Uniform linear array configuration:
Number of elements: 48
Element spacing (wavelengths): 0.5
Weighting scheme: uniform
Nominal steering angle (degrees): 15
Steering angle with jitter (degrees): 13.933
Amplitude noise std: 0.05
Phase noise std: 0.05

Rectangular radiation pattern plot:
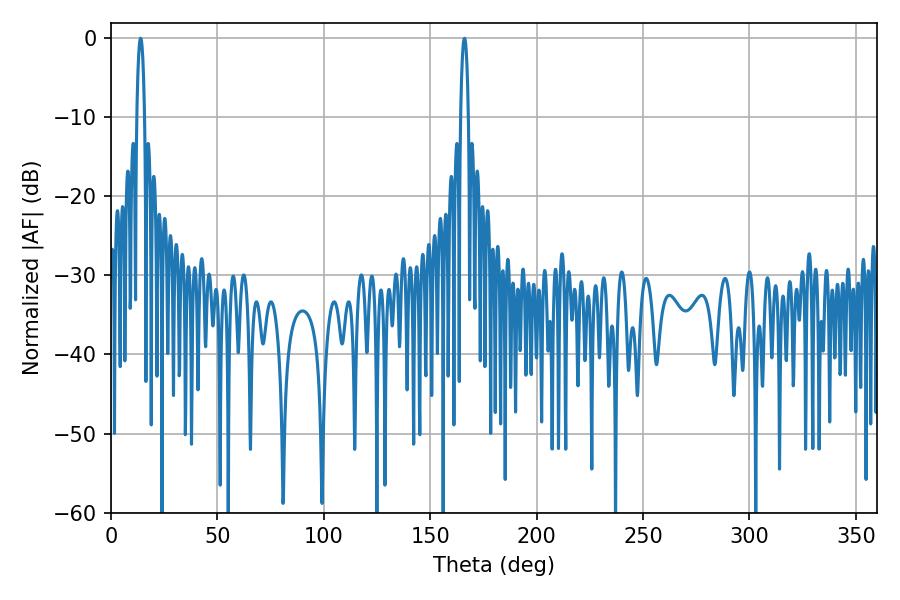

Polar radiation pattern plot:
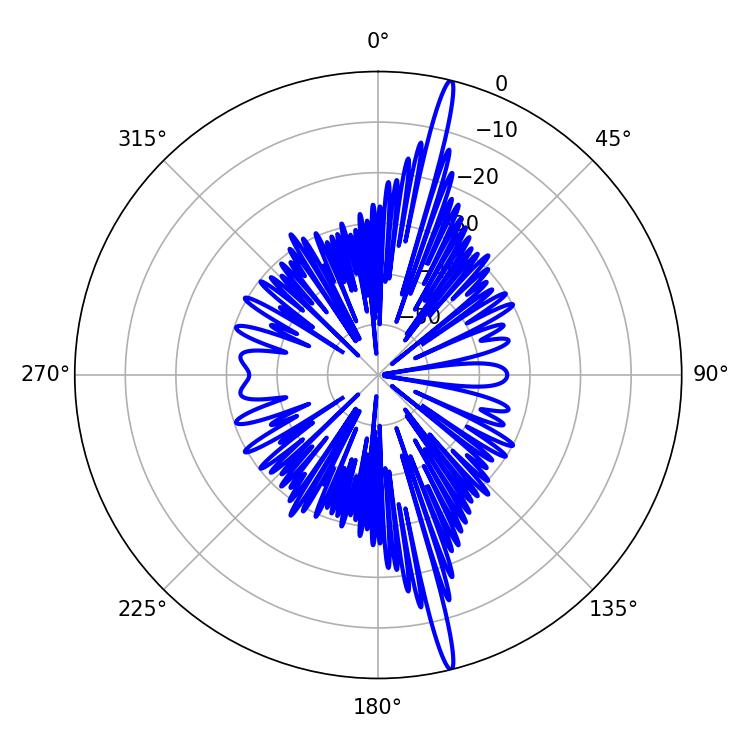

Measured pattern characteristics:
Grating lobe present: FALSE
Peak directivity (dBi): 19.942
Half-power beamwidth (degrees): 1.98
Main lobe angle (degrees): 13.86